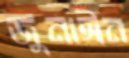
জুনাঈন